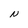
Character: N